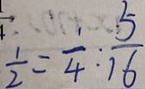
\frac { 1 } { 2 } = \frac { 1 } { 4 } : \frac { 5 } { 1 6 }